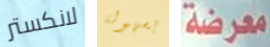
لانكستر بسهولة معرضة